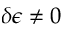
\delta \epsilon \neq 0